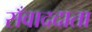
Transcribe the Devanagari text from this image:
सँवाददाता